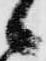
候